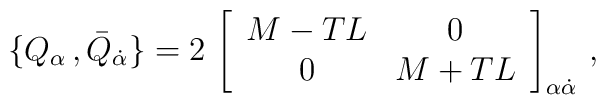
\{Q_\alpha\, , \bar Q_{\dot\alpha}\} = 2\,  \left[ \begin{array}{cc}M-T L & 0\\  0 & M+ T L\end{array} \right]_{\alpha\dot\alpha}\, ,